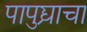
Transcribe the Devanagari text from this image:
पापुद्र्याचा